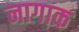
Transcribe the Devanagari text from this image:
नागाक